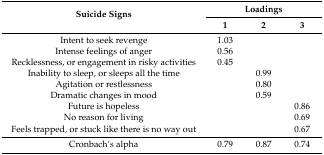
<table><thead><tr><td rowspan="2"><b>Suicide Signs</b></td><td colspan="3"><b>Loadings</b></td></tr><tr><td><b>1</b></td><td><b>2</b></td><td><b>3</b></td></tr></thead><tbody><tr><td>Intent to seek revenge</td><td>1.03</td><td></td><td></td></tr><tr><td>Intense feelings of anger</td><td>0.56</td><td></td><td></td></tr><tr><td>Recklessness, or engagement in risky activities</td><td>0.45</td><td></td><td></td></tr><tr><td>Inability to sleep, or sleeps all the time</td><td></td><td>0.99</td><td></td></tr><tr><td>Agitation or restlessness</td><td></td><td>0.80</td><td></td></tr><tr><td>Dramatic changes in mood</td><td></td><td>0.59</td><td></td></tr><tr><td>Future is hopeless</td><td></td><td></td><td>0.86</td></tr><tr><td>No reason for living</td><td></td><td></td><td>0.69</td></tr><tr><td>Feels trapped, or stuck like there is no way out</td><td></td><td></td><td>0.67</td></tr><tr><td>Cronbach’s alpha</td><td>0.79</td><td>0.87</td><td>0.74</td></tr></tbody></table>